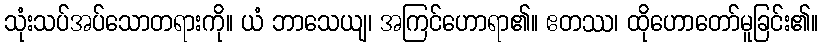
သုံးသပ်အပ်သောတရားကို။ ယံ ဘာသေယျ၊ အကြင်ဟောရာ၏။ ဧတဿ၊ ထိုဟောတော်မူခြင်း၏။